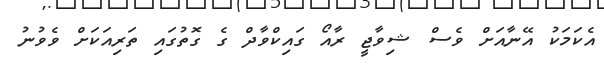
އެކަމަކު އޭނާއަށް ވެސް ޝިވާޖީ ރާއޯ ގައިކްވާދް ގެ ގޮތުގައި ތަރިއަކަށް ވެވުނު